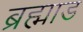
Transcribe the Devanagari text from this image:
ब्रह्माड